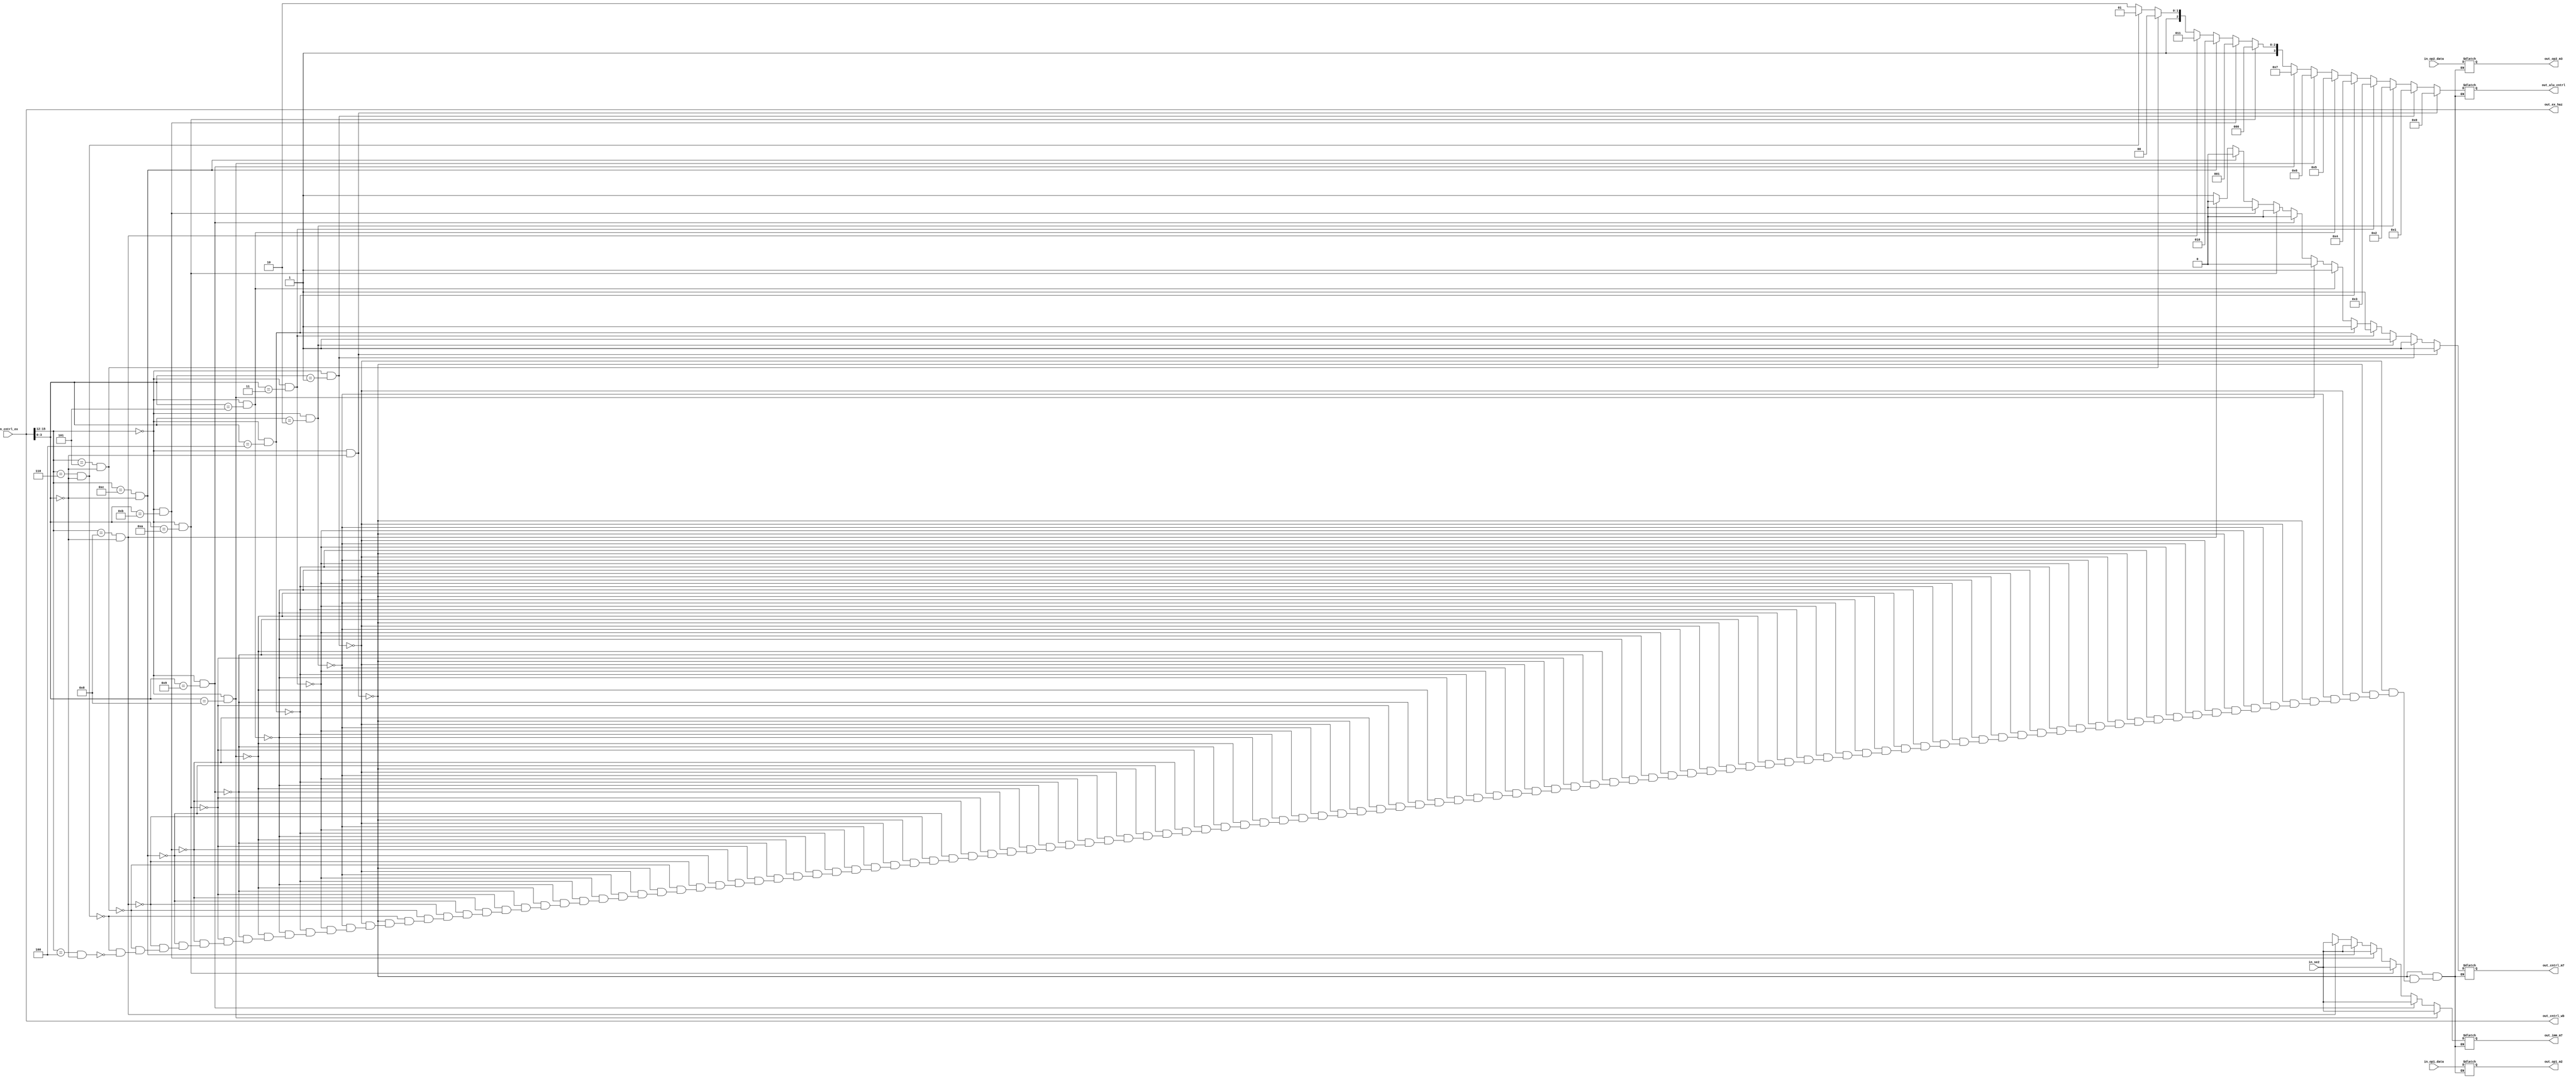
module ex_buf(in_se2,in_op1_data,in_op2_data,in_cntrl_ex,out_cntrl_wb,out_op1_m2,out_op2_m3,out_imm_m7,out_ex_haz,out_alu_cntrl,out_cntrl_m7);

//in_op2_addr has immediate value op2
//in_se2 is used only in lw & sw as offset for address calculation

//input
input [15:0] in_se2,in_op1_data,in_op2_data;
//input [3:0] in_op2_addr;
input [15:0] in_cntrl_ex;

//output
output [15:0] out_imm_m7,out_cntrl_wb,out_op1_m2,out_op2_m3,out_ex_haz;
output [3:0] out_alu_cntrl;
output out_cntrl_m7;

//type
wire [15:0] in_se2,in_op1_data,in_op2_data;
//wire [3:0] in_op2_addr;
wire [15:0] in_cntrl_ex;

reg [15:0] out_imm_m7,out_cntrl_wb,out_op1_m2,out_op2_m3,out_ex_haz;
reg [3:0] out_alu_cntrl;
reg out_cntrl_m7;

always @(*)
begin
out_cntrl_wb[15:0] <= in_cntrl_ex[15:0];
out_ex_haz[15:0] <= in_cntrl_ex[15:0];

//addition
if (in_cntrl_ex[15:12] == 4'b0000 && in_cntrl_ex[3:0] == 4'b0000)
begin
out_op1_m2[15:0] <= in_op1_data[15:0];
out_op2_m3[15:0] <= in_op2_data[15:0];
out_imm_m7[15:0] <= 16'bxxxxxxxxxxxxxxxx;
out_alu_cntrl[3:0] <= 4'b0000;
out_cntrl_m7 <= 1'b1;
end

//subtraction
else
if (in_cntrl_ex[15:12] == 4'b0000 && in_cntrl_ex[3:0] == 4'b0001)
begin
out_op1_m2[15:0] <= in_op1_data[15:0];
out_op2_m3[15:0] <= in_op2_data[15:0];
out_imm_m7[15:0] <= 16'bxxxxxxxxxxxxxxxx;
out_alu_cntrl[3:0] <= 4'b0001;
out_cntrl_m7 <= 1'b1;
end

//bitwise or
else
if (in_cntrl_ex[15:12] == 4'b0000 && in_cntrl_ex[3:0] == 4'b0010)
begin
out_op1_m2[15:0] <= in_op1_data[15:0];
out_op2_m3[15:0] <= in_op2_data[15:0];
out_imm_m7[15:0] <= 16'bxxxxxxxxxxxxxxxx;
out_alu_cntrl[3:0] <= 4'b0010;
out_cntrl_m7 <= 1'b1;
end

//bitwise and
else
if (in_cntrl_ex[15:12] == 4'b0000 && in_cntrl_ex[3:0] == 4'b0011)
begin
out_op1_m2[15:0] <= in_op1_data[15:0];
out_op2_m3[15:0] <= in_op2_data[15:0];
out_imm_m7[15:0] <= 16'bxxxxxxxxxxxxxxxx;
out_alu_cntrl[3:0] <= 4'b0011;
out_cntrl_m7 <= 1'b1;
end

//signed multiplication
else
if (in_cntrl_ex[15:12] == 4'b0000 && in_cntrl_ex[3:0] == 4'b0100)
begin
out_op1_m2[15:0] <= in_op1_data[15:0];
out_op2_m3[15:0] <= in_op2_data[15:0];
out_imm_m7[15:0] <= 16'bxxxxxxxxxxxxxxxx;
out_alu_cntrl[3:0] <= 4'b0100;
out_cntrl_m7 <= 1'b1;
end

//signed divison
else
if (in_cntrl_ex[15:12] == 4'b0000 && in_cntrl_ex[3:0] == 4'b0101)
begin
out_op1_m2[15:0] <= in_op1_data[15:0];
out_op2_m3[15:0] <= in_op2_data[15:0];
out_imm_m7[15:0] <= 16'bxxxxxxxxxxxxxxxx;
out_alu_cntrl[3:0] <= 4'b0101;
out_cntrl_m7 <= 1'b1;
end

//shift left
else
if (in_cntrl_ex[15:12] == 4'b0000 && in_cntrl_ex[3:0] == 4'b1000)
begin
out_op1_m2[15:0] <= in_op1_data[15:0];
out_op2_m3[15:0] <= 16'bxxxxxxxxxxxxxxxx;
out_imm_m7[15:0] <= in_se2[15:0];
out_alu_cntrl[3:0] <= 4'b0110;
out_cntrl_m7 <= 1'b0;
end

//shift right
else
if (in_cntrl_ex[15:12] == 4'b0000 && in_cntrl_ex[3:0] == 4'b1001)
begin
out_op1_m2[15:0] <= in_op1_data[15:0];
out_op2_m3[15:0] <= 16'bxxxxxxxxxxxxxxxx;
out_imm_m7[15:0] <= in_se2[15:0];
out_alu_cntrl[3:0] <= 4'b0111;
out_cntrl_m7 <= 1'b0;
end

//rotate left
else
if (in_cntrl_ex[15:12] == 4'b0000 && in_cntrl_ex[3:0] == 4'b1010)
begin
out_op1_m2[15:0] <= in_op1_data[15:0];
out_op2_m3[15:0] <= 16'bxxxxxxxxxxxxxxxx;
out_imm_m7[15:0] <= in_se2[15:0];
out_alu_cntrl[3:0] <= 4'b1000;
out_cntrl_m7 <= 1'b0;
end

//rotate right
else
if (in_cntrl_ex[15:12] == 4'b0000 && in_cntrl_ex[3:0] == 4'b1011)
begin
out_op1_m2[15:0] <= in_op1_data[15:0];
out_op2_m3[15:0] <= 16'bxxxxxxxxxxxxxxxx;
out_imm_m7[15:0] <= in_se2[15:0];
out_alu_cntrl[3:0] <= 4'b1001;
out_cntrl_m7 <= 1'b0;
end

//lw
else
if (in_cntrl_ex[15:12] == 4'b1100 && in_cntrl_ex[3:0] == 4'b0000)
begin
out_op1_m2[15:0] <= in_op1_data[15:0];
out_op2_m3[15:0] <= 16'bxxxxxxxxxxxxxxxx;
out_imm_m7[15:0] <= in_se2[15:0];
out_alu_cntrl[3:0] <= 4'b1010;
out_cntrl_m7 <= 1'b0;
end

//sw
else
if (in_cntrl_ex[15:12] == 4'b1000 && in_cntrl_ex[3:0] == 4'b0000)
begin
out_op1_m2[15:0] <= in_op1_data[15:0];
out_op2_m3[15:0] <= in_op2_data[15:0];
out_imm_m7[15:0] <= in_se2[15:0];
out_alu_cntrl[3:0] <= 4'b1011;
out_cntrl_m7 <= 1'b0;
end

//branch on less than
else
if (in_cntrl_ex[15:12] == 4'b0101 && in_cntrl_ex[3:0] == 4'b0000)
begin
out_op1_m2[15:0] <= in_op1_data[15:0];
out_op2_m3[15:0] = in_op2_data[15:0]; //r0 value goes through op2_m3
out_imm_m7[15:0] = 16'bxxxxxxxxxxxxxxxx;
out_alu_cntrl[3:0] = 4'b1100;
out_cntrl_m7 = 1'b1;
end

//branch on greater than
else
if (in_cntrl_ex[15:12] == 4'b0110 && in_cntrl_ex[3:0] == 4'b0000)
begin
out_op1_m2[15:0] = in_op1_data[15:0];
out_op2_m3[15:0] = in_op2_data[15:0];
out_imm_m7[15:0] = 16'bxxxxxxxxxxxxxxxx;
out_alu_cntrl[3:0] = 4'b1101;
out_cntrl_m7 = 1'b1;
end

//branch on equal
else
if (in_cntrl_ex[15:12] == 4'b0100 && in_cntrl_ex[3:0] == 4'b0000)
begin
out_op1_m2[15:0] = in_op1_data[15:0];
out_op2_m3[15:0] = in_op2_data[15:0];
out_imm_m7[15:0] = 16'bxxxxxxxxxxxxxxxx;
out_alu_cntrl[3:0] = 4'b1110;
out_cntrl_m7 = 1'b1;
end

end
endmodule

/*
Chronologic VCS simulator copyright 1991-2009
Contains Synopsys proprietary information.
Compiler version D-2009.12; Runtime version D-2009.12;  Dec  9 10:11 2013
                   0input instr = 0000010101100100 input to adder 2 = 000101 rst =0 op1 addr= 0101 op2 addr = 0110 se = 0100
                  20input instr = 0000000101010101 input to adder 2 = 001011 rst =0 op1 addr= 0001 op2 addr = 0101 se = 0101
                  40input instr = 0000000000000001 input to adder 2 = 000100 rst =0 op1 addr= 0000 op2 addr = 0000 se = 0001
                  60input instr = 0000010001001000 input to adder 2 = 001000 rst =0 op1 addr= 0100 op2 addr = 0100 se = 1000
                  80input instr = 0000010000101001 input to adder 2 = 000000 rst =1 op1 addr= 0000 op2 addr = 0000 se = 0000
$finish called from file "id_buf_test.v", line 55.
$finish at simulation time                  120
           V C S   S i m u l a t i o n   R e p o r t 
Time: 120
CPU Time:      0.310 seconds;       Data structure size:   0.0Mb
Mon Dec  9 10:11:09 2013
[cs20518@olympia:37]> vi id_buf_test.v
[cs20518@olympia:38]> vcs +v2k ex_buf.v
                         Chronologic VCS (TM)
            Version D-2009.12 -- Mon Dec  9 10:12:16 2013
               Copyright (c) 1991-2009 by Synopsys Inc.
                         ALL RIGHTS RESERVED

This program is proprietary and confidential information of Synopsys Inc.
and may be used and disclosed only as authorized in a license agreement
controlling such use and disclosure.

Parsing design file 'ex_buf.v'
Top Level Modules:
       ex_buf
No TimeScale specified
Starting vcs inline pass...
1 module and 0 UDP read.
recompiling module ex_buf because:
	This module or some inlined child module(s) has/have been modified.
if [ -x ../simv ]; then chmod -x ../simv; fi
g++  -o ../simv -melf_i386   5NrI_d.o 5NrIB_d.o SJK4_1_d.o rmapats_mop.o rmapats.o SIM_l.o        /titan/software/synopsys09/vcs/linux/lib/libvirsim.a /titan/software/synopsys09/vcs/linux/lib/librterrorinf.so /titan/software/synopsys09/vcs/linux/lib/libsnpsmalloc.so     /titan/software/synopsys09/vcs/linux/lib/libvcsnew.so     /titan/software/synopsys09/vcs/linux/lib/vcs_save_restore_new.o /titan/software/synopsys09/vcs/linux/lib/ctype-stubs_32.a -ldl  -lc -lm -lpthread -ldl    
../simv up to date
CPU time: .068 seconds to compile + .024 seconds to elab + .280 seconds to link
[cs20518@olympia:39]> vcs +v2k -PP ex_buf_test.v
                         Chronologic VCS (TM)
            Version D-2009.12 -- Mon Dec  9 10:12:27 2013
               Copyright (c) 1991-2009 by Synopsys Inc.
                         ALL RIGHTS RESERVED

This program is proprietary and confidential information of Synopsys Inc.
and may be used and disclosed only as authorized in a license agreement
controlling such use and disclosure.


Warning-[ACC_CLI_ON] ACC/CLI capabilities enabled
  ACC/CLI capabilities have been enabled for the entire design. For faster 
  performance enable module specific capability in pli.tab file

Parsing design file 'ex_buf_test.v'
Parsing included file 'ex_buf.v'.
Back to file 'ex_buf_test.v'.
Top Level Modules:
       ex_buf_test
No TimeScale specified
Starting vcs inline pass...
1 module and 0 UDP read.
recompiling module ex_buf_test because:
	This module or some inlined child module(s) has/have been modified.
if [ -x ../simv ]; then chmod -x ../simv; fi
g++  -o ../simv -melf_i386   5NrI_d.o 5NrIB_d.o q6VY_1_d.o rmapats_mop.o rmapats.o SIM_l.o        /titan/software/synopsys09/vcs/linux/lib/libvirsim.a /titan/software/synopsys09/vcs/linux/lib/librterrorinf.so /titan/software/synopsys09/vcs/linux/lib/libsnpsmalloc.so     /titan/software/synopsys09/vcs/linux/lib/libvcsnew.so     /titan/software/synopsys09/vcs/linux/lib/vcs_save_restore_new.o /titan/software/synopsys09/vcs/linux/lib/ctype-stubs_32.a -ldl -lm  -lc -lpthread -ldl    
../simv up to date
C



////////////////////////////
Chronologic VCS simulator copyright 1991-2009
Contains Synopsys proprietary information.
Compiler version D-2009.12; Runtime version D-2009.12;  Dec  9 10:12 2013
                   0input fromsign extension is= 0000000000001101 o/ptoWB stage is= 0000000000110000 input tomux 2 is = 0000111100001111 input to mux 3 is= 0101010101010101 input to mux 7 is =xxxxxxxxxxxxxxxx output for alu control is=0000 control to mux 7 is= 1
                  20input fromsign extension is= 0000111100001111 o/ptoWB stage is= 0000001110100000 input tomux 2 is = 0000111100001111 input to mux 3 is= 0101010101010101 input to mux 7 is =xxxxxxxxxxxxxxxx output for alu control is=0000 control to mux 7 is= 1
                  40input fromsign extension is= 0000101010101010 o/ptoWB stage is= 0000000000111100 input tomux 2 is = 0000111100001111 input to mux 3 is= 0101010101010101 input to mux 7 is =xxxxxxxxxxxxxxxx output for alu control is=0000 control to mux 7 is= 1
                  60input fromsign extension is= 0000101010101010 o/ptoWB stage is= 0000001110100000 input tomux 2 is = 0000111100001111 input to mux 3 is= 0000011100000000 input to mux 7 is =xxxxxxxxxxxxxxxx output for alu control is=0000 control to mux 7 is= 1
                  80input fromsign extension is= 0111100000011111 o/ptoWB stage is= 0000000000111100 input tomux 2 is = 0000111100001111 input to mux 3 is= 0000011100000000 input to mux 7 is =xxxxxxxxxxxxxxxx output for alu control is=0000 control to mux 7 is= 1
                 100input fromsign extension is= 0001101111000000 o/ptoWB stage is= 0000001110100000 input tomux 2 is = 0000111100001111 input to mux 3 is= 0101010101010101 input to mux 7 is =xxxxxxxxxxxxxxxx output for alu control is=0000 control to mux 7 is= 1
                 120input fromsign extension is= 0111111101101000 o/ptoWB stage is= 0000000000111100 input tomux 2 is = 0000111100001111 input to mux 3 is= 0101010101010101 input to mux 7 is =xxxxxxxxxxxxxxxx output for alu control is=0000 control to mux 7 is= 1
                 140input fromsign extension is= 0001000101110101 o/ptoWB stage is= 0000001110100000 input tomux 2 is = 0000111100001111 input to mux 3 is= 0000011100000000 input to mux 7 is =xxxxxxxxxxxxxxxx output for alu control is=0000 control to mux 7 is= 1
                 160input fromsign extension is= 0001111011111111 o/ptoWB stage is= 0000000000111100 input tomux 2 is = 0000111100001111 input to mux 3 is= 0000011100000000 input to mux 7 is =xxxxxxxxxxxxxxxx output for alu control is=0000 control to mux 7 is= 1
                 180input fromsign extension is= 1110000111110000 o/ptoWB stage is= 0000001110100000 input tomux 2 is = 0000111100001111 input to mux 3 is= 0101010101010101 input to mux 7 is =xxxxxxxxxxxxxxxx output for alu control is=0000 control to mux 7 is= 1
                 200input fromsign extension is= 0111101000000000 o/ptoWB stage is= 0000000000111100 input tomux 2 is = 0000111100001111 input to mux 3 is= 0101010101010101 input to mux 7 is =xxxxxxxxxxxxxxxx output for alu control is=0000 control to mux 7 is= 1
                 220input fromsign extension is= 0000101010101010 o/ptoWB stage is= 0000001110100000 input tomux 2 is = 0000111100001111 input to mux 3 is= 0000011100000000 input to mux 7 is =xxxxxxxxxxxxxxxx output for alu control is=0000 control to mux 7 is= 1
                 240input fromsign extension is= 0000101010101010 o/ptoWB stage is= 0000000000111100 input tomux 2 is = 0000111100001111 input to mux 3 is= 0000011100000000 input to mux 7 is =xxxxxxxxxxxxxxxx output for alu control is=0000 control to mux 7 is= 1
                 260input fromsign extension is= 0111100000011111 o/ptoWB stage is= 0000001110100000 input tomux 2 is = 0000111100001111 input to mux 3 is= 0101010101010101 input to mux 7 is =xxxxxxxxxxxxxxxx output for alu control is=0000 control to mux 7 is= 1
                 280input fromsign extension is= 0001101111000000 o/ptoWB stage is= 0000000000111100 input tomux 2 is = 0000111100001111 input to mux 3 is= 0101010101010101 input to mux 7 is =xxxxxxxxxxxxxxxx output for alu control is=0000 control to mux 7 is= 1
                 300input fromsign extension is= 0111111101101000 o/ptoWB stage is= 0000001110100000 input tomux 2 is = 0000111100001111 input to mux 3 is= 0000011100000000 input to mux 7 is =xxxxxxxxxxxxxxxx output for alu control is=0000 control to mux 7 is= 1
                 320input fromsign extension is= 0001000101110101 o/ptoWB stage is= 0000000000111100 input tomux 2 is = 0000111100001111 input to mux 3 is= 0000011100000000 input to mux 7 is =xxxxxxxxxxxxxxxx output for alu control is=0000 control to mux 7 is= 1
                 340input fromsign extension is= 0001111011111111 o/ptoWB stage is= 0000001110100000 input tomux 2 is = 0000111100001111 input to mux 3 is= 0100000000100001 input to mux 7 is =xxxxxxxxxxxxxxxx output for alu control is=0000 control to mux 7 is= 1
                 360input fromsign extension is= 1110000111110000 o/ptoWB stage is= 0000000000111100 input tomux 2 is = 0000111100001111 input to mux 3 is= 0100000000100001 input to mux 7 is =xxxxxxxxxxxxxxxx output for alu control is=0000 control to mux 7 is= 1
                 380input fromsign extension is= 0111101000000000 o/ptoWB stage is= 0000000000111100 input tomux 2 is = 0000111100001111 input to mux 3 is= 0100000000100001 input to mux 7 is =xxxxxxxxxxxxxxxx output for alu control is=0000 control to mux 7 is= 1
$finish called from file "ex_buf_test.v", line 115.
$finish at simulation time                  600
           V C S   S i m u l a t i o n   R e p o r t 
Time: 600
CPU Time:      0.310 seconds;       Data structure size:   0.0Mb
*/